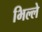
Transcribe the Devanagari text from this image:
भिल्ले